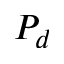
P _ { d }